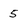
Character: 5